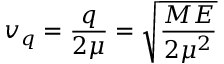
v _ { q } = \frac { q } { 2 \mu } = \sqrt { \frac { M E } { 2 \mu ^ { 2 } } }